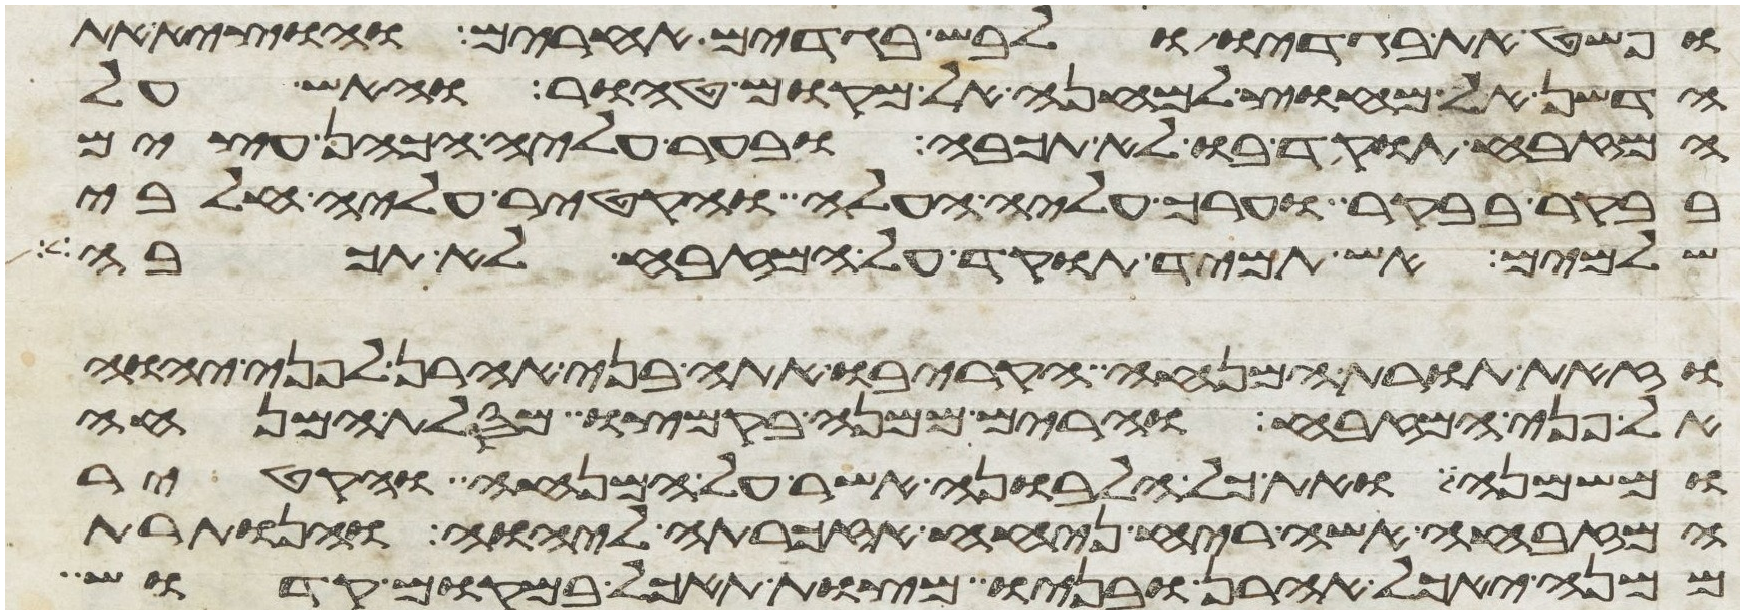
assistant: ופשט את בגדיו ולבש בגדים אחרים והוציא את
הדשן אל מחוץ למחנה אל מקום טהור והאש על
המזבח תוקד בו לא תכבה ובער עליה הכהן עצים
בבקר בבקר וערך עליה העלה והקטיר עליה חלבי
שלמים אש תמיד תוקד על המזבח לא תכבה
וזאת תורת המנחה הקריבו אתה בני אהרן לפני יהוה
אל פני המזבח והרים ממנה בקמצו מסלת המנחה
ומשמנה ואת כל הלבונה אשר על המנחה והקטיר
המזבחה אשה ריח ניחח אזכרתה ליהוה והנותרת
ממנה יאכל אהרן ובניו מצות תאכל במקום קדוש